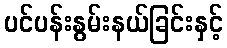
ပင်ပန်းနွမ်းနယ်ခြင်းနှင့်